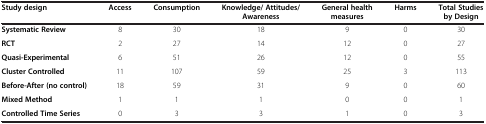
| Study design | Access | Consumption | Knowledge/ Attitudes/ Awareness | General health measures | Harms | Total Studies by Design |
 | --- | --- | --- | --- | --- | --- | --- |
 | Systematic Review | 8 | 30 | 18 | 9 | 0 | 30 |
 | RCT | 2 | 27 | 14 | 12 | 0 | 27 |
 | Quasi-Experimental | 6 | 51 | 26 | 12 | 0 | 55 |
 | Cluster Controlled | 11 | 107 | 59 | 25 | 3 | 113 |
 | Before-After (no control) | 18 | 59 | 31 | 9 | 0 | 60 |
 | Mixed Method | 1 | 1 | 1 | 0 | 0 | 1 |
 | Controlled Time Series | 0 | 3 | 3 | 1 | 0 | 3 |